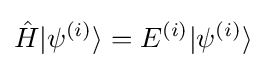
{\hat {H}}|\psi ^{(i)}\rangle =E^{(i)}|\psi ^{(i)}\rangle